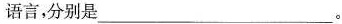
语言，分别是___。